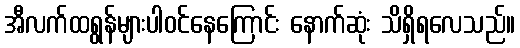
အီလက်ထရွန်များပါဝင်နေကြောင်း နောက်ဆုံး သိရှိရလေသည်။